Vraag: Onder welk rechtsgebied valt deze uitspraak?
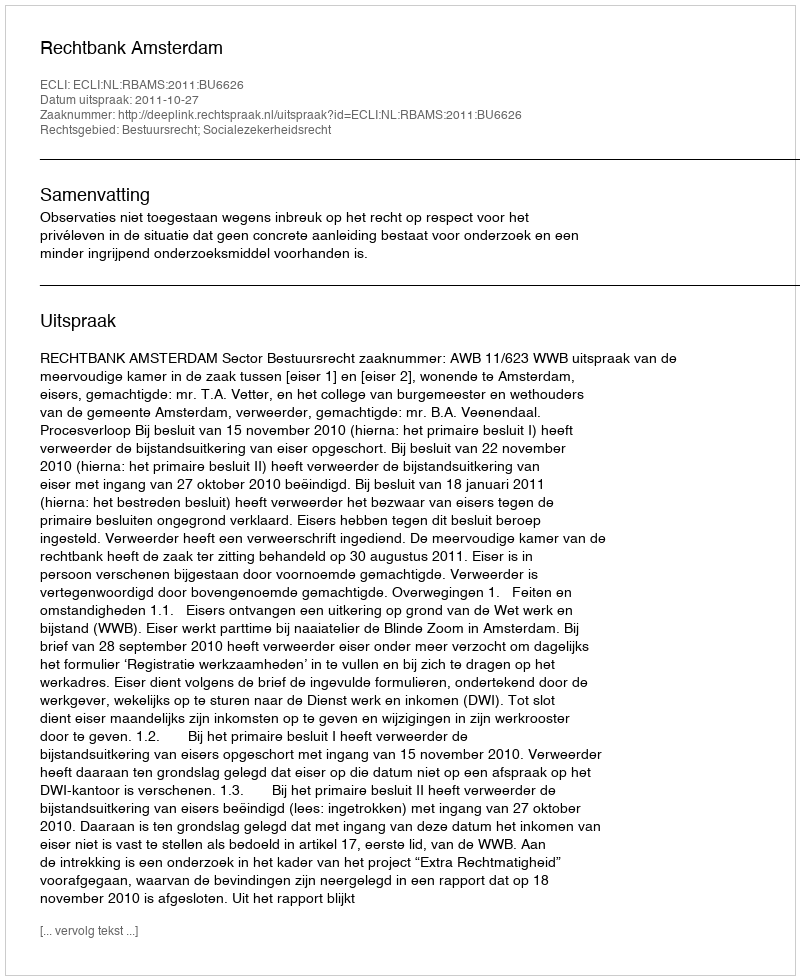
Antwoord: Bestuursrecht; Socialezekerheidsrecht